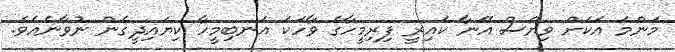
މަންމަ އަކަށް ވިޔަސް އޭނާ ކައިރީ ފިރިމީހާގެ ވާހަކަ އަނބިމީހާ ކިޔައިދީގެން ނުވާނެއެވެ.